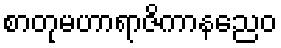
စာတုမဟာရာဇိကာနညေဝ